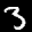
Label: 3